Report on certain features of malaria in the island of Salsette
Disease focus: Malaria
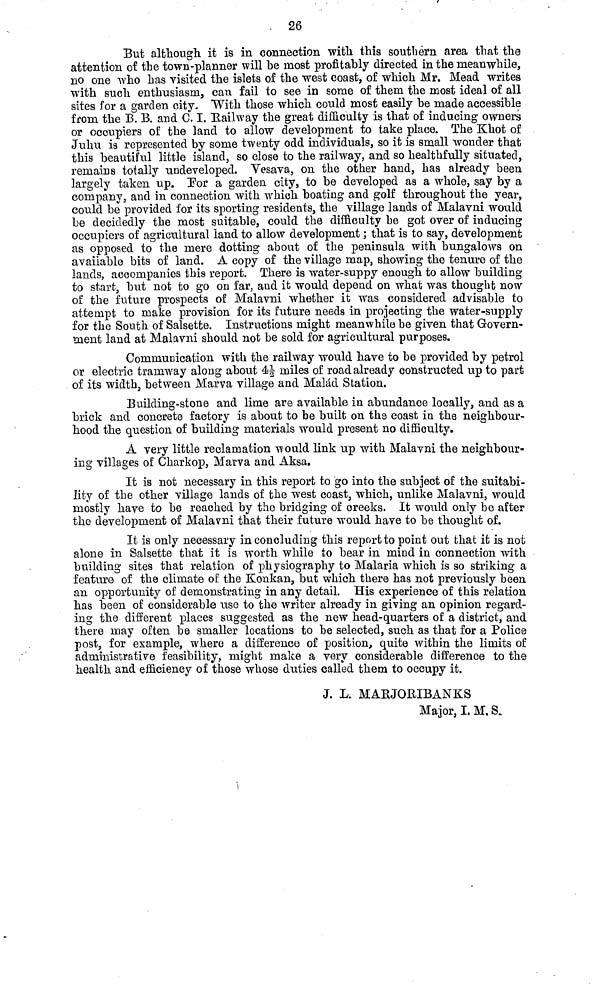
. 26
But although it is in connection with, this southern area that the
attention oí the town-planner will be most profitably directed in the meanwhile,
no one who has visited the islets of the west coast, of which Mr. Mead writes
with such enthusiasm, can fail to see in some of them the most ideal of all
sites for a garden city. With those which could most easily he made accessible
from the B. B. and C. I. Bailway the great difficulty is that of inducing owners
or occupiers of the land to allow development to take place. The Khot of
Juhu is represented by some twenty odd individuals, so it is small wonder that
this beautiful little island, so close to the railway, and so healthfully situated,
remains totally undeveloped. Yesava, on the other hand, has already been
largely taken up. For a garden city, to be developed as a whole, say by a
company, and in connection with which boating and golf throughout the year,
could be provided for its sporting residents, the village lands of Malavni would
be decidedly the most suitable, could the difficulty be got over of inducing
occupiers of agricultural land to allow development ; that is to say, development
as opposed to the mere dotting about of the peninsula with bungalows on
available bits of land. A copy of the village map, showing the tenure of the
lands, accompanies this report. There is water-suppy enough to allow building
to start, but not to go on far, and it would depend on what was thought now
of the future prospects of Malavni whether it was considered advisable to
attempt to make provision for its future needs in projecting the water-supply
for the South of Salsette. Instructions might meanwhile be given that Govern-
ment land at Malavni should not be sold for agricultural purposes.
Communication with the railway would have to be provided by petrol
or electric tramway along about 4 1/2 miles of road already constructed up to part
of its width, between Marva village and Malád Station.
Building-stone and lime are available in abundance locally, and as a
brick and concrete factory is about to be built on the coast in the neighbour-
hood the question of building materials would present no difficulty.
A very little reclamation would link up with Malavni the neighbour-
ing villages of Charkop, Marva and Aksa.
It is not necessary in this report to go into the subject of the suitabi-
lity of the other village lands of the west coast, which, unlike Malavni, would
mostly have to be reached by the bridging of creeks. It would only be after
the development of Malavni that their future would have to be thought of.
It is only necessary in concluding this report to point out that it is not
alone in Salsette that it is worth while to bear in mind in connection with
building sites that relation of physiography to Malaria which is so striking a
feature of the climate of the Konkan, but which there has not previously been
an opportunity of demonstrating in any detail. His experience of this relation
has been of considerable use to the writer already in giving an opinion regard-
ing the different places suggested as the new head-quarters of a district, and
there may often be smaller locations to be selected, such as that for a Police
post, for example, where a difference of position, quite within the limits of
administrative feasibility, might make a very considerable difference to the
health and efficiency of those whose duties called them to occupy it.
J. L. MARJORIBANKS
Major, I. M. S.
ï